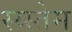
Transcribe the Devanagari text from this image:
स्य्स्तेम